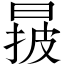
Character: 𣈓